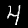
Digit: 4